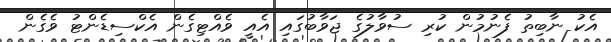
އެކު ނާބިތު ފެނުމުން ކުރި ސުވާލުގެ ޖަވާބުގައި އެއީ ވެއްޓިގެން އެކްސިޑެންޓު ވެގެން